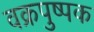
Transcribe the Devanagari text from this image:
वक्रपुष्पक